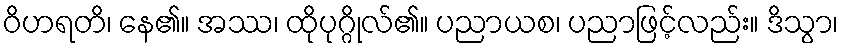
ဝိဟရတိ၊ နေ၏။ အဿ၊ ထိုပုဂ္ဂိုလ်၏။ ပညာယစ၊ ပညာဖြင့်လည်း။ ဒိသွာ၊